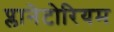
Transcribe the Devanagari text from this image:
प्लानेटोरियम